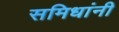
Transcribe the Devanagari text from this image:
समिधांनी